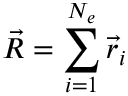
\vec { R } = \sum _ { i = 1 } ^ { N _ { e } } \vec { r } _ { i }